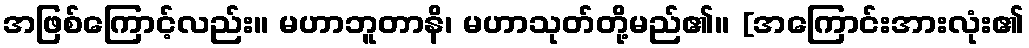
အဖြစ်ကြောင့်လည်း။ မဟာဘူတာနိ၊ မဟာသုတ်တို့မည်၏။ [အကြောင်းအားလုံး၏